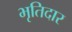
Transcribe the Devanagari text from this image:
भृतिदार